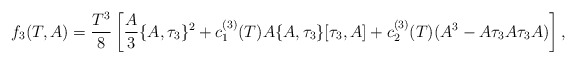
\begin{align*} f_3(T,A)=\frac{T^3}{8}\left[\frac{A}{3}\{A,\tau_3\}^2 +c^{(3)}_1(T)A\{A,\tau_3\}[\tau_3,A] +c^{(3)}_2(T)(A^3-A\tau_3A\tau_3A)\right],\end{align*}